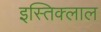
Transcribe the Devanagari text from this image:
इस्तिक्लाल